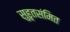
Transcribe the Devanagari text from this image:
सुहृतसंमित